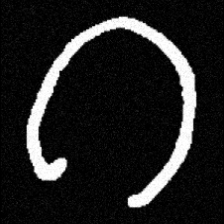
Pyu character \u2014 Myanmar letter: ဂ (romanized: ga)